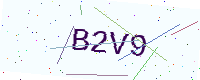
Text: B2V9